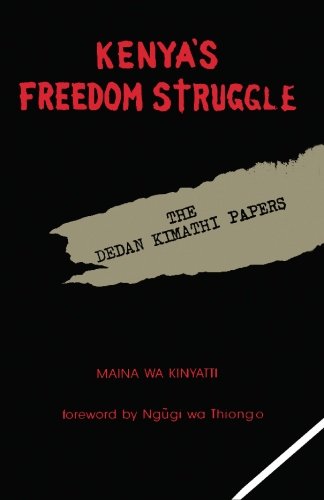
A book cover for Kenya's Freedom Struggle: The Dedan Kimathi Papers; Maina Wa Kinyatti; Travel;